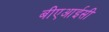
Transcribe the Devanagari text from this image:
बीएआईसी